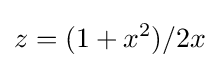
z=(1+x^{2})/2x